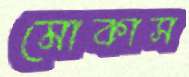
মোকাস